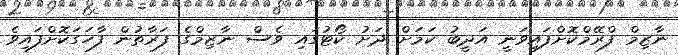
ނާޒިމް ފްރޭމްކޮށްފައިވަނީ އަދީބު ކަމަށް ދަށު ކޯޓުގައި ވެސް ނާޒިމްގެ ފަރާތުން ފާހަގަކޮށްފައިވެ